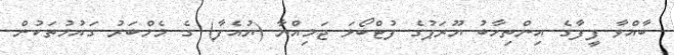
ބާއްވާ ފީފާގެ އިންތިހާބު ޔޫރަޕުގެ ފުޓްބޯޅަ ޖަމިއްޔާ (ޔުއެފާ) ގެ މެމްބަރު ގައުމުތަކުން